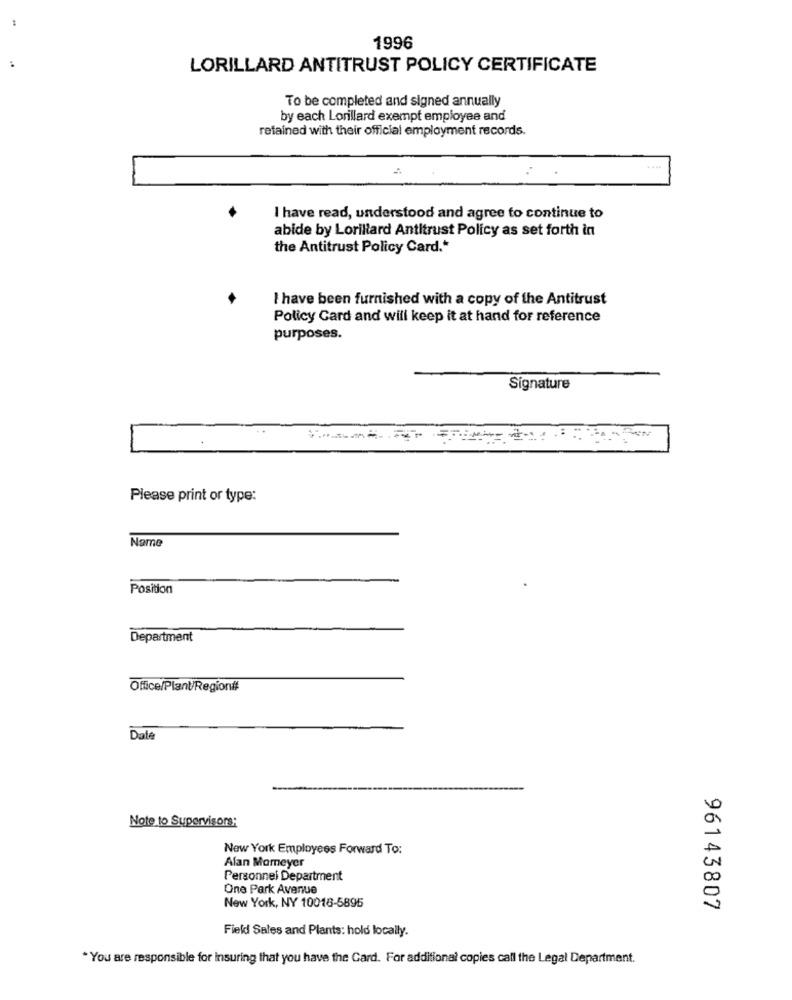
1996
LORILLARD ANTITRUST POLICY CERTIFICATE
To be completed and signed annually
by each Lorillard exempt employee and
retained with their official employment records.
I have read, understood and agree to continue to
abide by Lorillard Antitrust Policy as set forth in
the Antitrust Policy Card .*
I have been furnished with a copy of the Antitrust
Policy Card and will keep it at hand for reference
purposes.
Signature
Please print or type:
Name
Position
Department
Office/Plant/Region##
Dale
Note to Supervisors:
New York Employees Forward To:
Alan Momeyer
Personnel Department
One Park Avenue
New York, NY 10018-5895
96143807
Field Sales and Plants: hold locally.
You are responsible for insuring that you have the Card. For additional copies call the Legal Department.